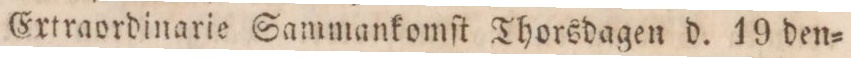
Extraordinarie Sammankomſt Thorsdagen d. 19 den=